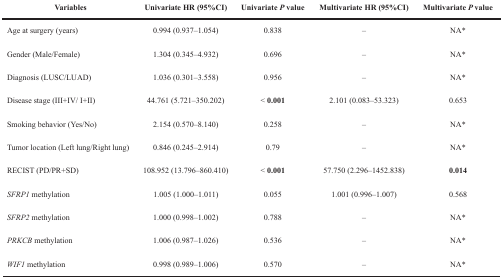
<table><thead><tr><td><b>Variables</b></td><td><b>Univariate HR (95%CI)</b></td><td><b>Univariate <i>P</i> value</b></td><td><b>Multivariate HR (95%CI)</b></td><td><b>Multivariate <i>P</i> value</b></td></tr></thead><tbody><tr><td>Age at surgery (years)</td><td>0.994 (0.937–1.054)</td><td>0.838</td><td>–</td><td>NA*</td></tr><tr><td>Gender (Male/Female)</td><td>1.304 (0.345–4.932)</td><td>0.696</td><td>–</td><td>NA*</td></tr><tr><td>Diagnosis (LUSC/LUAD)</td><td>1.036 (0.301–3.558)</td><td>0.956</td><td>–</td><td>NA*</td></tr><tr><td>Disease stage (III+IV/ I+II)</td><td>44.761 (5.721–350.202)</td><td>&lt; <b>0.001</b></td><td>2.101 (0.083–53.323)</td><td>0.653</td></tr><tr><td>Smoking behavior (Yes/No)</td><td>2.154 (0.570–8.140)</td><td>0.258</td><td>–</td><td>NA*</td></tr><tr><td>Tumor location (Left lung/Right lung)</td><td>0.846 (0.245–2.914)</td><td>0.79</td><td>–</td><td>NA*</td></tr><tr><td>RECIST (PD/PR+SD)</td><td>108.952 (13.796–860.410)</td><td>&lt; <b>0.001</b></td><td>57.750 (2.296–1452.838)</td><td><b>0.014</b></td></tr><tr><td><i>SFRP1</i> methylation</td><td>1.005 (1.000–1.011)</td><td>0.055</td><td>1.001 (0.996–1.007)</td><td>0.568</td></tr><tr><td><i>SFRP2</i> methylation</td><td>1.000 (0.998–1.002)</td><td>0.788</td><td>–</td><td>NA*</td></tr><tr><td><i>PRKCB</i> methylation</td><td>1.006 (0.987–1.026)</td><td>0.536</td><td>–</td><td>NA*</td></tr><tr><td><i>WIF1</i> methylation</td><td>0.998 (0.989–1.006)</td><td>0.570</td><td>–</td><td>NA*</td></tr></tbody></table>